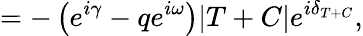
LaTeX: =-\left(e^{i\gamma}-qe^{i\omega}\right)|T+C|e^{i\delta_{T+C}},